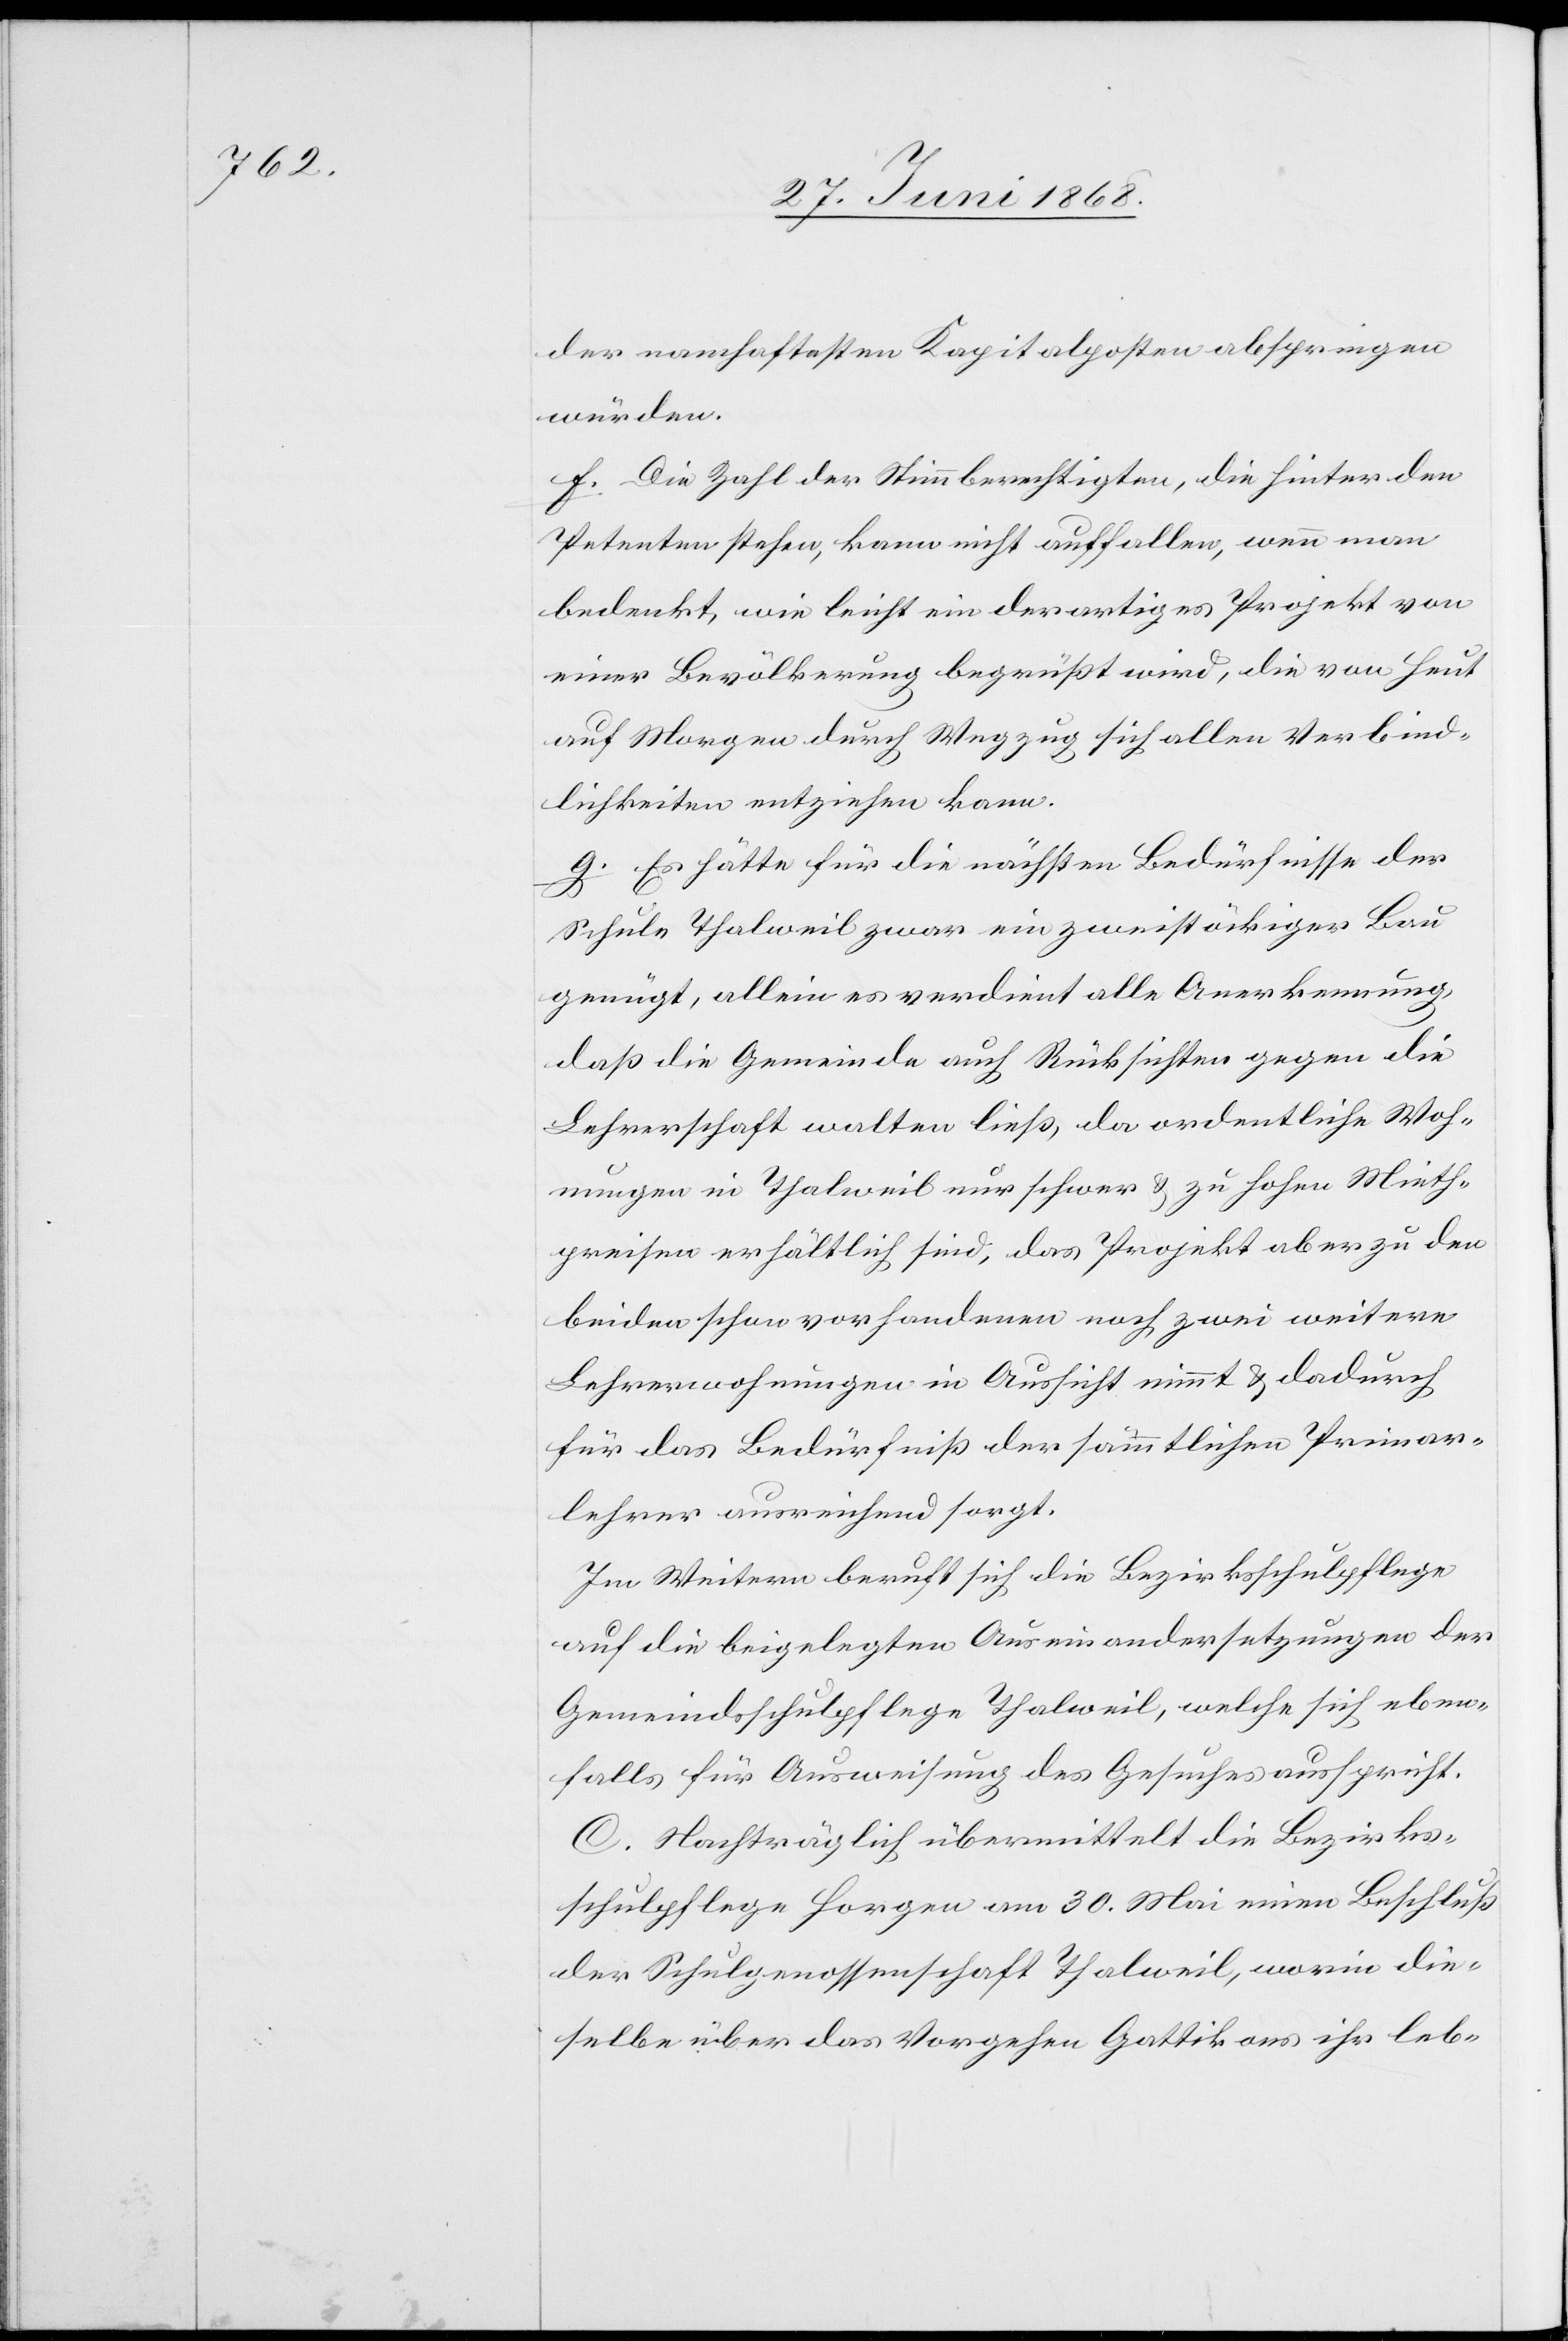
der namhaftesten Kapitalposten abspringen
würden.
f. Die Zahl der Stimmberechtigten, die hinter den
Petenten stehen, kann nicht auffallen, wenn man
bedenkt, wie leicht ein derartiges Projekt von
einer Bevölkerung begrüßt wird, die von Heut
auf Morgen durch Wegzug sich allen Verbind¬
lichkeiten entziehen kann.
g. Es hätte für die nächsten Bedürfnisse der
Schule Thalweil zwar ein zweistöckiger Bau
genügt, allein es verdient alle Anerkennung,
daß die Gemeinde auch Rücksichten gegen die
Lehrerschaft walten ließ, da ordentliche Woh¬
nungen in Thalweil nur schwer & zu hohen Mieth¬
preisen erhältlich sind, das Projekt aber zu den
beiden schon vorhandenen noch zwei weitere
Lehrerwohnungen in Aussicht nimmt & dadurch
für das Bedürfniß der sämmtlichen Primar¬
lehrer ausreichend sorgt.
Im Weitern beruft sich die Bezirksschulpflege
auf die beigelegten Auseinandersetzungen der
Gemeindsschulpflege Thalweil, welche sich eben¬
falls für Ausweisung [recte: Abweisung] des Gesuches
C. Nachträglich übermittelt die Bezirks¬
schulpflege Horgen am 30. Mai einen Beschluß
der Schulgenossenschaft Thalweil, worin die¬
selbe über das Vorgehen Gattikons ihr leb-